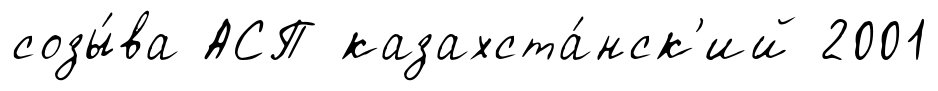
созы́ва АСП казахста́нск'ий 2001